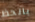
بالحظ